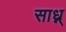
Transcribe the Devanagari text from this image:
साध्न्